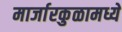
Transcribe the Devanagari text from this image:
मार्जारकुळामध्ये